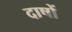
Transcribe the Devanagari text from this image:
दाषों